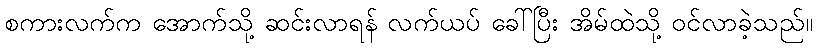
စကားလက်က အောက်သို့ ဆင်းလာရန် လက်ယပ် ခေါ်ပြီး အိမ်ထဲသို့ ဝင်လာခဲ့သည်။